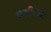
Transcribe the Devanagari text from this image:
प्रतीष्या